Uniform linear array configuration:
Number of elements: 12
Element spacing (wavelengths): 1
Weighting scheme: exponential
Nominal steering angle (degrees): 0
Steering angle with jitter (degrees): -0.2047
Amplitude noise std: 0.05
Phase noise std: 0.05

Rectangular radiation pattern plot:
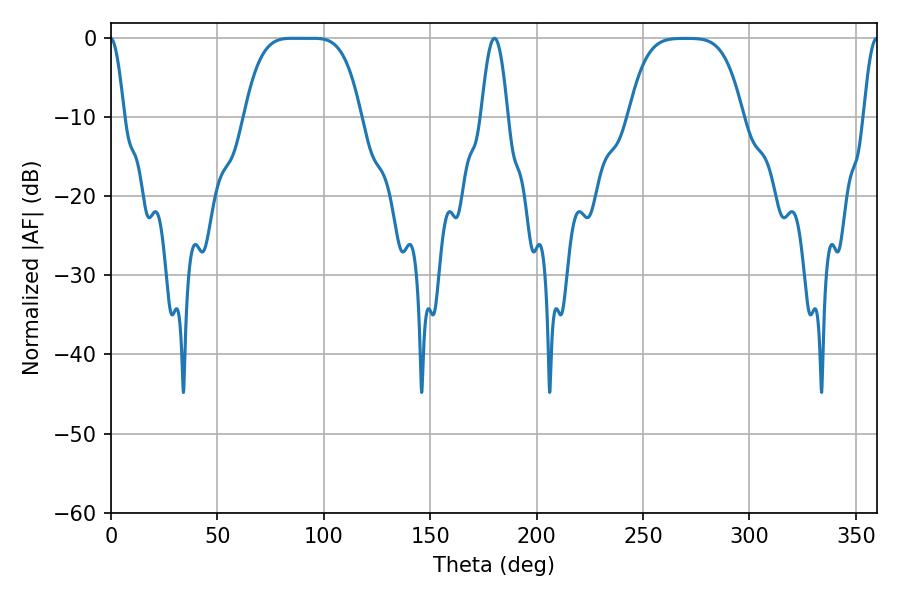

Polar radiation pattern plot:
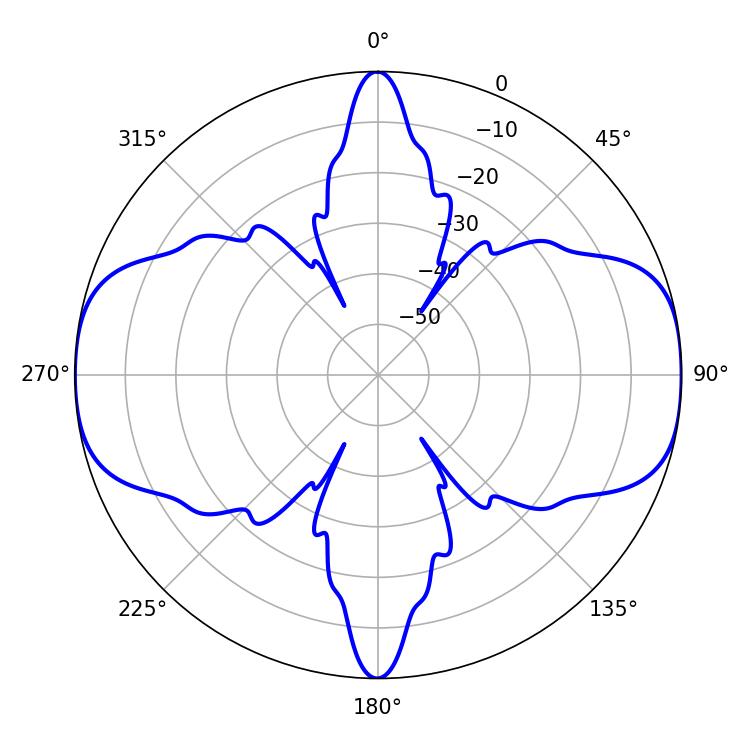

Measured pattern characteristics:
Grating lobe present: TRUE
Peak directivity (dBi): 17.811
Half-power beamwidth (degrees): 41.04
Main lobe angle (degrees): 85.14